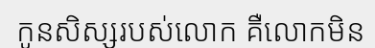
កូនសិស្សរបស់លោក គឺលោកមិន